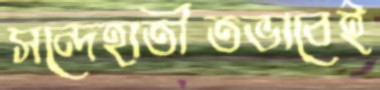
সন্দেহাতীতভাবেই